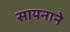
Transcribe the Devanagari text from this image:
सायनाने